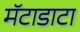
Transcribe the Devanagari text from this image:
मॅटाडाटा